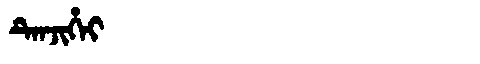
Manchu: ᡨᡝᠨᠵᡳᡥᡝᡳ
Romanization: TENJIHEI